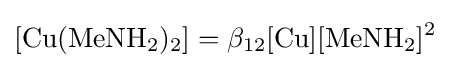
[{\mathrm {Cu} (\mathrm {MeNH} {\vphantom {A}}_{\smash[{t}]{2}}){\vphantom {A}}_{\smash[{t}]{2}}}]=\beta _{12}{[\mathrm {Cu} ][\mathrm {MeNH} {\vphantom {A}}_{\smash[{t}]{2}}]{\vphantom {A}}^{2}}